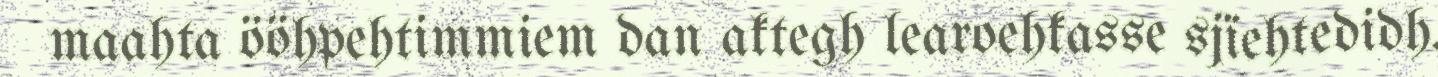
maahta ööhpehtimmiem dan aktegh learoehkasse sjïehtedidh.